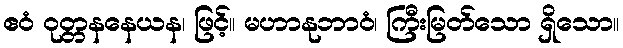
ဧဝံ ဝုတ္တနနေယန၊ ဖြင့်။ မဟာနုဘာဝံ၊ ကြီးမြတ်သော ရှိသော။